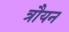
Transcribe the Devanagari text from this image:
त्रौयन